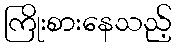
ကြိုးစားနေသည့်